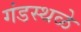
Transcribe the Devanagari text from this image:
गंडस्थळे